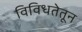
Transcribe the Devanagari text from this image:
विविधतेतून